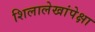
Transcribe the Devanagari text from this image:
शिलालेखांपेक्षा